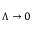
\Lambda \to 0